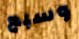
وسبع